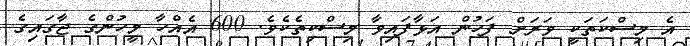
އެ މިސްކަތަކީ ވަރަށް ފަހުން އަޅާފައިވާ މިސްކިތެކެވެ. 600 އެއްހާ މީހުންގެ ޖާގައިގެ